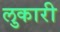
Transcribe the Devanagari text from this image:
लुकारी